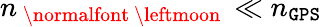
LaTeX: n_{\mathrm{~\normalfont~\leftmoon~}}\ll n_{\tt GPS}